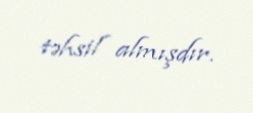
təhsil almışdır.